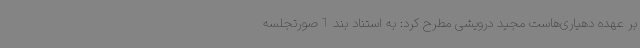
بر عهده دهیاری‌هاست مجید درویشی مطرح کرد: به استناد بند 1 صورتجلسه